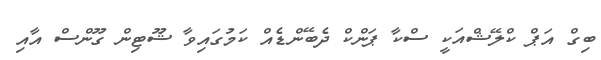
ބިގް އަޕް ކްލޭޝްއަކީ ސްކާ ޕަންކް ދެބޭންޑެއް ކަމުގައިވާ ޝޫޓިން ގޫންސް އާއި